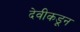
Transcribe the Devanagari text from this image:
देवीकडून